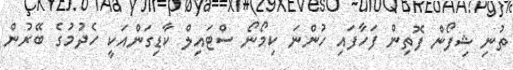
ތުނި ޝިފޯން ފޮތިން ފަހާފައި ހުންނަ ކިމޯނޯ ސްޓައިލް ކާޑިގަންއަކީ ހެދުމުގެ ބޭރުން